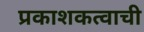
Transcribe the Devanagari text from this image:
प्रकाशकत्वाची